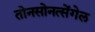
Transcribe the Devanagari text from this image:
तोनसोनत्सेंगेल